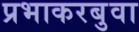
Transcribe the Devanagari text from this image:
प्रभाकरबुवा